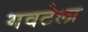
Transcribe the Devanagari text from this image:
गवटेला